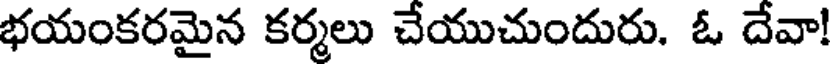
భయంకరమైన కర్మలు చేయుచుందురు. ఓ దేవా!